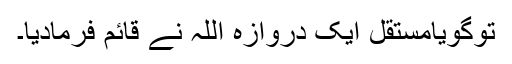
توگویامستقل ایک دروازہ اللہ نے قائم فرمادیا۔